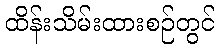
ထိန်းသိမ်းထားစဉ်တွင်